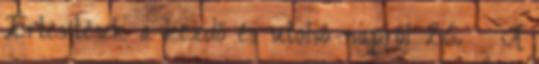
Értesítések a kezdő és utolsó napról 26. § A